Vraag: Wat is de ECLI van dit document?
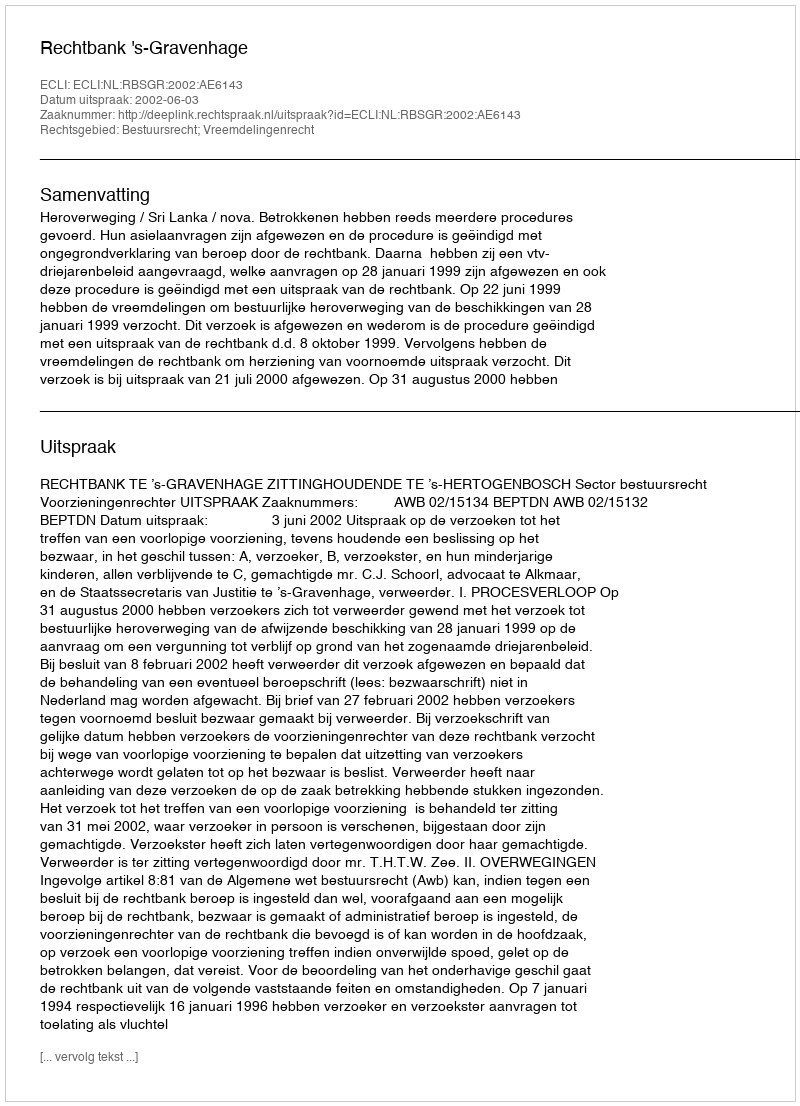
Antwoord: ECLI:NL:RBSGR:2002:AE6143